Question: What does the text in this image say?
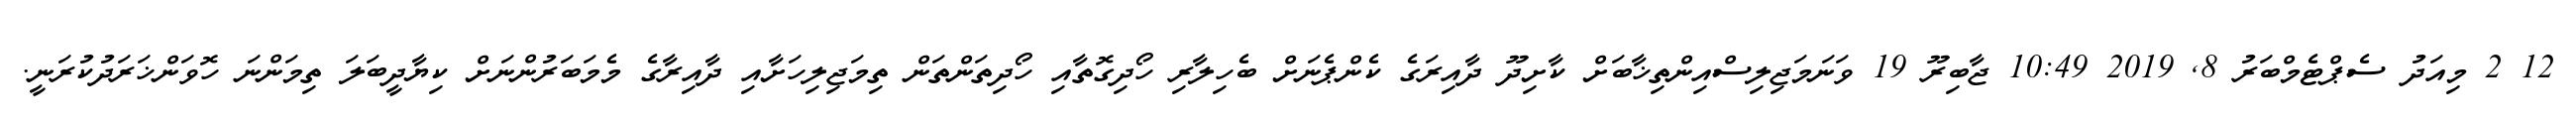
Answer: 12 2 މިއަދު ސެޕްޓެމްބަރު 8, 2019 10:49 ޖާބިރޫ 19 ވަނަމަޖިލިސްއިންތިޚާބަށް ކާށިދޫ ދާއިރަގެ ކެންޕެނަށް ބެހިލާރި ހޯދިގޮތާއި ހޯދިތަންތަން ތިމަޖިލިހަށާއި ދާއިރާގެ މެމަބަރުންނަށް ކިޔާދީބަލަ ތިމަންނަ ހޮވަންޚަރަދުކުރަނީ.